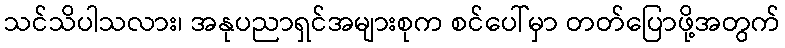
သင်သိပါသလား၊ အနုပညာရှင်အများစုက စင်ပေါ်မှာ တတ်ပြောဖို့အတွက်